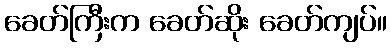
ခေတ်ကြီးက ခေတ်ဆိုး ခေတ်ကျပ်။